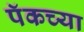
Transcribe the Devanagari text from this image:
पॅकच्या